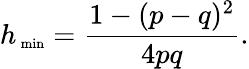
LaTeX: h_{\mathrm{\scriptsize~min}}=\frac{1-(p-q)^{2}}{4pq}.